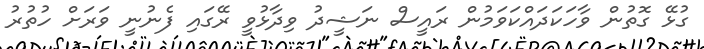
ގުޅޭ ގޮތުން ވާހަކަދައްކަވަމުން ރައީސް ނަޝީދު ވިދާޅުވީ ރޭގައި ފެނުނީ ވަރަށް ހުތުރު